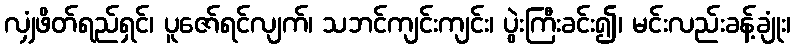
လျှံဖိတ်ရည်ရှင်၊ ပူဇော်ရင်လျက်၊ သဘင်ကျင်းကျင်း၊ ပွဲးကြီးခင်း၍၊ မင်းလည်းခန့်ချုံး၊